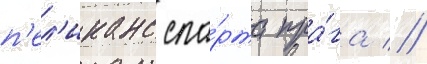
п'ел'иканс спа́рта пра́га //